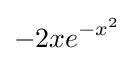
-2xe^{-x^{2}}